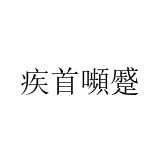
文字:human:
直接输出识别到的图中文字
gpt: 疾首嚬蹙